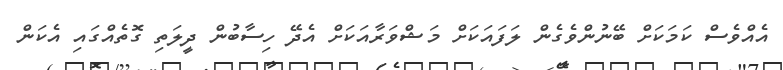
އެއްވެސް ކަމަކަށް ބޭނުންވެގެން ލަފައަކަށް މަޝްވަރާއަކަށް އެދޭ ހިސާބުން ދީލަތި ގޮތެއްގައި އެކަން